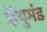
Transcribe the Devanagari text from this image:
हियुमंड